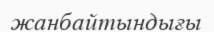
жанбайтындығы